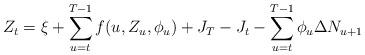
LaTeX: \begin{align*}Z_t = \xi + \sum_{u=t}^{T-1} f(u,Z_u,\phi_u) + J_T-J_t - \sum_{u=t}^{T-1} \phi_u \Delta N_{u+1}\end{align*}